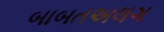
બાબતઅલગ